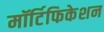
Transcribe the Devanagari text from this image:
मॉर्टिफिकेशन